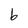
Character: b